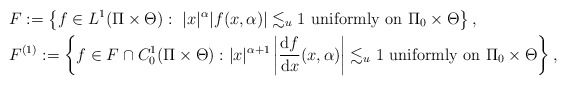
\begin{align*}&F:=\left\{f\in L^{1}(\Pi\times\Theta):~|x|^{\alpha}|f(x,\alpha)|\lesssim_{u} 1~\mbox{uniformly on $\Pi_{0}\times\Theta$}\right\},\\ &F^{(1)}:=\left\{f\in F\cap C^{1}_{0}(\Pi\times\Theta):|x|^{\alpha+1}\left|\frac{\mathrm{d}f}{\mathrm{d}x}(x,\alpha)\right|\lesssim_{u} 1~\mbox{uniformly on $\Pi_{0}\times\Theta$}\right\},\end{align*}